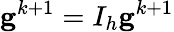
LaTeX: \mathbf{g}^{k+1}=I_{h}\mathbf{g}^{k+1}